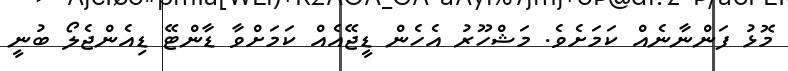
މޮޅު ފަންނާނެއް ކަމަށެވެ. މަޝްހޫރު އެހެން ޑީޖޭއެއް ކަމަށްވާ ޑާންޓޭ ޑިއެންޖެލޯ ބުނީ